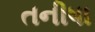
તનીષા